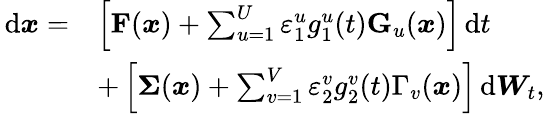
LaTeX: \begin{array}{rl}{\, \mathrm{d}\boldsymbol{x}=}&{\left[\mathbf{F}(\boldsymbol{x})+\sum_{u=1}^{U}\varepsilon_{1}^{u}g_{1}^{u}(t)\mathbf{G}_{u}(\boldsymbol{x})\right]\, \mathrm{d}t}\\ &{+\left[\boldsymbol{\Sigma}(\boldsymbol{x})+\sum_{v=1}^{V}\varepsilon_{2}^{v}g_{2}^{v}(t)\Gamma_{v}(\boldsymbol{x})\right]\, \mathrm{d}{\boldsymbol{W}_{t}},}\end{array}